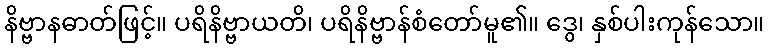
နိဗ္ဗာနဓာတ်ဖြင့်။ ပရိနိဗ္ဗာယတိ၊ ပရိနိဗ္ဗာန်စံတော်မူ၏။ ဒွေ၊ နှစ်ပါးကုန်သော။